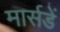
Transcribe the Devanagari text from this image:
मार्सडें